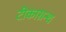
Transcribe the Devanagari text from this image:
टीकाग्रन्थ